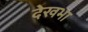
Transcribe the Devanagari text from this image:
देखभा